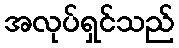
အလုပ်ရှင်သည်